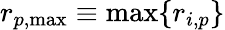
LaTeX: r_{p,\mathrm{{max}}}\equiv\operatorname*{max}\{ r_{i,p}\}